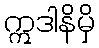
ဣဒါနိမှိ